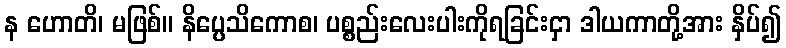
န ဟောတိ၊ မဖြစ်။ နိပ္ပေသိကောစ၊ ပစ္စည်းလေးပါးကိုရခြင်းငှာ ဒါယကာတို့အား နှိပ်၍